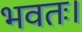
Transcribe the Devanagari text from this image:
भवतः।